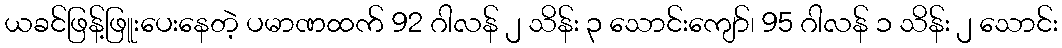
ယခင်ဖြန့်ဖြူးပေးနေတဲ့ ပမာဏထက် 92 ဂါလန် ၂ သိန်း ၃ သောင်းကျော်၊ 95 ဂါလန် ၁ သိန်း ၂ သောင်း